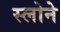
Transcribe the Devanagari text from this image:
स्‍लोने